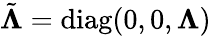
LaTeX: \tilde{\boldsymbol\Lambda}=\mathrm{diag}(0,0,\boldsymbol\Lambda)